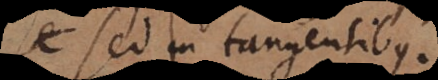
sed in tangentibus.